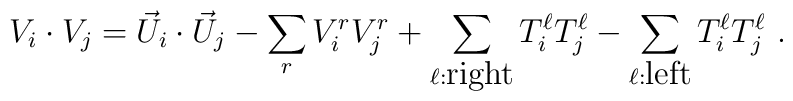
V_i \cdot V_j =  {\vec U}_i \cdot {\vec U}_j -  \sum_{r} V^r_i V^r_j  +\sum_{\ell:{\mbox{right}}} T^\ell_i T^\ell_j  -\sum_{\ell:{\mbox{left}}} T^\ell_i T^\ell_j ~.